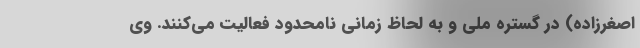
اصغرزاده) در گستره ملی و به لحاظ زمانی نامحدود فعالیت می‌کنند. وی